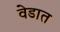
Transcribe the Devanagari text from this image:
वेडात